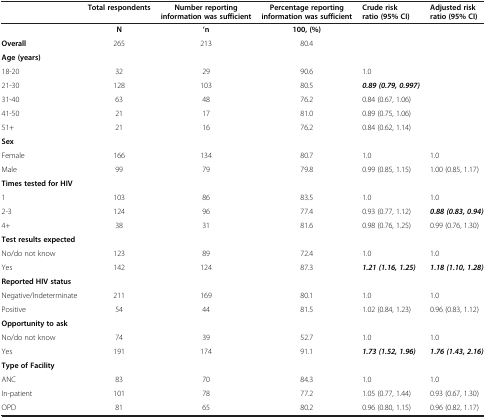
<table><thead><tr><td><b> </b></td><td><b>Total respondents</b></td><td><b>Number reporting information was sufficient</b></td><td><b>Percentage reporting information was sufficient</b></td><td><b>Crude risk ratio (95% CI)</b></td><td><b>Adjusted risk ratio (95% CI)</b></td></tr></thead><tbody><tr><td> </td><td><b>N</b></td><td><b>&#x27;n</b></td><td><b>100, (%)</b></td><td> </td><td> </td></tr><tr><td><b>Overall</b></td><td>265</td><td>213</td><td>80.4</td><td> </td><td> </td></tr><tr><td colspan="6"><b>Age (years)</b></td></tr><tr><td>18-20</td><td>32</td><td>29</td><td>90.6</td><td>1.0</td><td> </td></tr><tr><td>21-30</td><td>128</td><td>103</td><td>80.5</td><td><b><i>0.89 (0.79, 0.997)</i></b></td><td> </td></tr><tr><td>31-40</td><td>63</td><td>48</td><td>76.2</td><td>0.84 (0.67, 1.06)</td><td> </td></tr><tr><td>41-50</td><td>21</td><td>17</td><td>81.0</td><td>0.89 (0.75, 1.06)</td><td> </td></tr><tr><td>51+</td><td>21</td><td>16</td><td>76.2</td><td>0.84 (0.62, 1.14)</td><td> </td></tr><tr><td colspan="6"><b>Sex</b></td></tr><tr><td>Female</td><td>166</td><td>134</td><td>80.7</td><td>1.0</td><td>1.0</td></tr><tr><td>Male</td><td>99</td><td>79</td><td>79.8</td><td>0.99 (0.85, 1.15)</td><td>1.00 (0.85, 1.17)</td></tr><tr><td colspan="6"><b>Times tested for HIV</b></td></tr><tr><td>1</td><td>103</td><td>86</td><td>83.5</td><td>1.0</td><td>1.0</td></tr><tr><td>2-3</td><td>124</td><td>96</td><td>77.4</td><td>0.93 (0.77, 1.12)</td><td><b><i>0.88 (0.83, 0.94)</i></b></td></tr><tr><td>4+</td><td>38</td><td>31</td><td>81.6</td><td>0.98 (0.76, 1.25)</td><td>0.99 (0.76, 1.30)</td></tr><tr><td colspan="6"><b>Test results expected</b></td></tr><tr><td>No/do not know</td><td>123</td><td>89</td><td>72.4</td><td>1.0</td><td>1.0</td></tr><tr><td>Yes</td><td>142</td><td>124</td><td>87.3</td><td><b><i>1.21 (1.16, 1.25)</i></b></td><td><b><i>1.18 (1.10, 1.28)</i></b></td></tr><tr><td colspan="6"><b>Reported HIV status</b></td></tr><tr><td>Negative/Indeterminate</td><td>211</td><td>169</td><td>80.1</td><td>1.0</td><td>1.0</td></tr><tr><td>Positive</td><td>54</td><td>44</td><td>81.5</td><td>1.02 (0.84, 1.23)</td><td>0.96 (0.83, 1.12)</td></tr><tr><td colspan="6"><b>Opportunity to ask</b></td></tr><tr><td>No/do not know</td><td>74</td><td>39</td><td>52.7</td><td>1.0</td><td>1.0</td></tr><tr><td>Yes</td><td>191</td><td>174</td><td>91.1</td><td><b><i>1.73 (1.52, 1.96)</i></b></td><td><b><i>1.76 (1.43, 2.16)</i></b></td></tr><tr><td colspan="6"><b>Type of Facility</b></td></tr><tr><td>ANC</td><td>83</td><td>70</td><td>84.3</td><td>1.0</td><td>1.0</td></tr><tr><td>In-patient</td><td>101</td><td>78</td><td>77.2</td><td>1.05 (0.77, 1.44)</td><td>0.93 (0.67, 1.30)</td></tr><tr><td>OPD</td><td>81</td><td>65</td><td>80.2</td><td>0.96 (0.80, 1.15)</td><td>0.96 (0.82, 1.17)</td></tr></tbody></table>